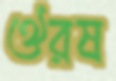
ঔরষ